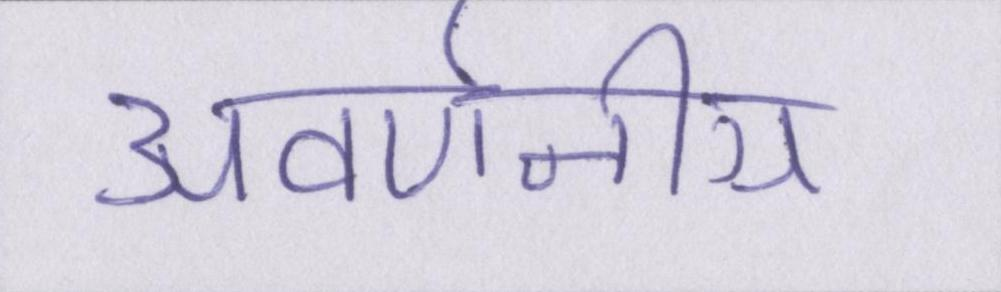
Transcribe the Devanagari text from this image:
अवर्णनीय